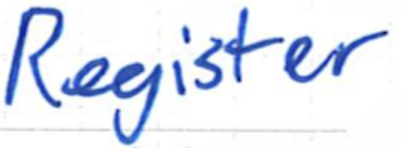
Text: Register
Cross-out: clean
Writing tool: ballpoint